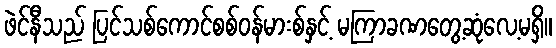
ဖဲင်နီသည် ပြင်သစ်ကောင်စစ်ဝန်မားစ်နှင့် မကြာခဏတွေ့ဆုံလေ့မရှိ။